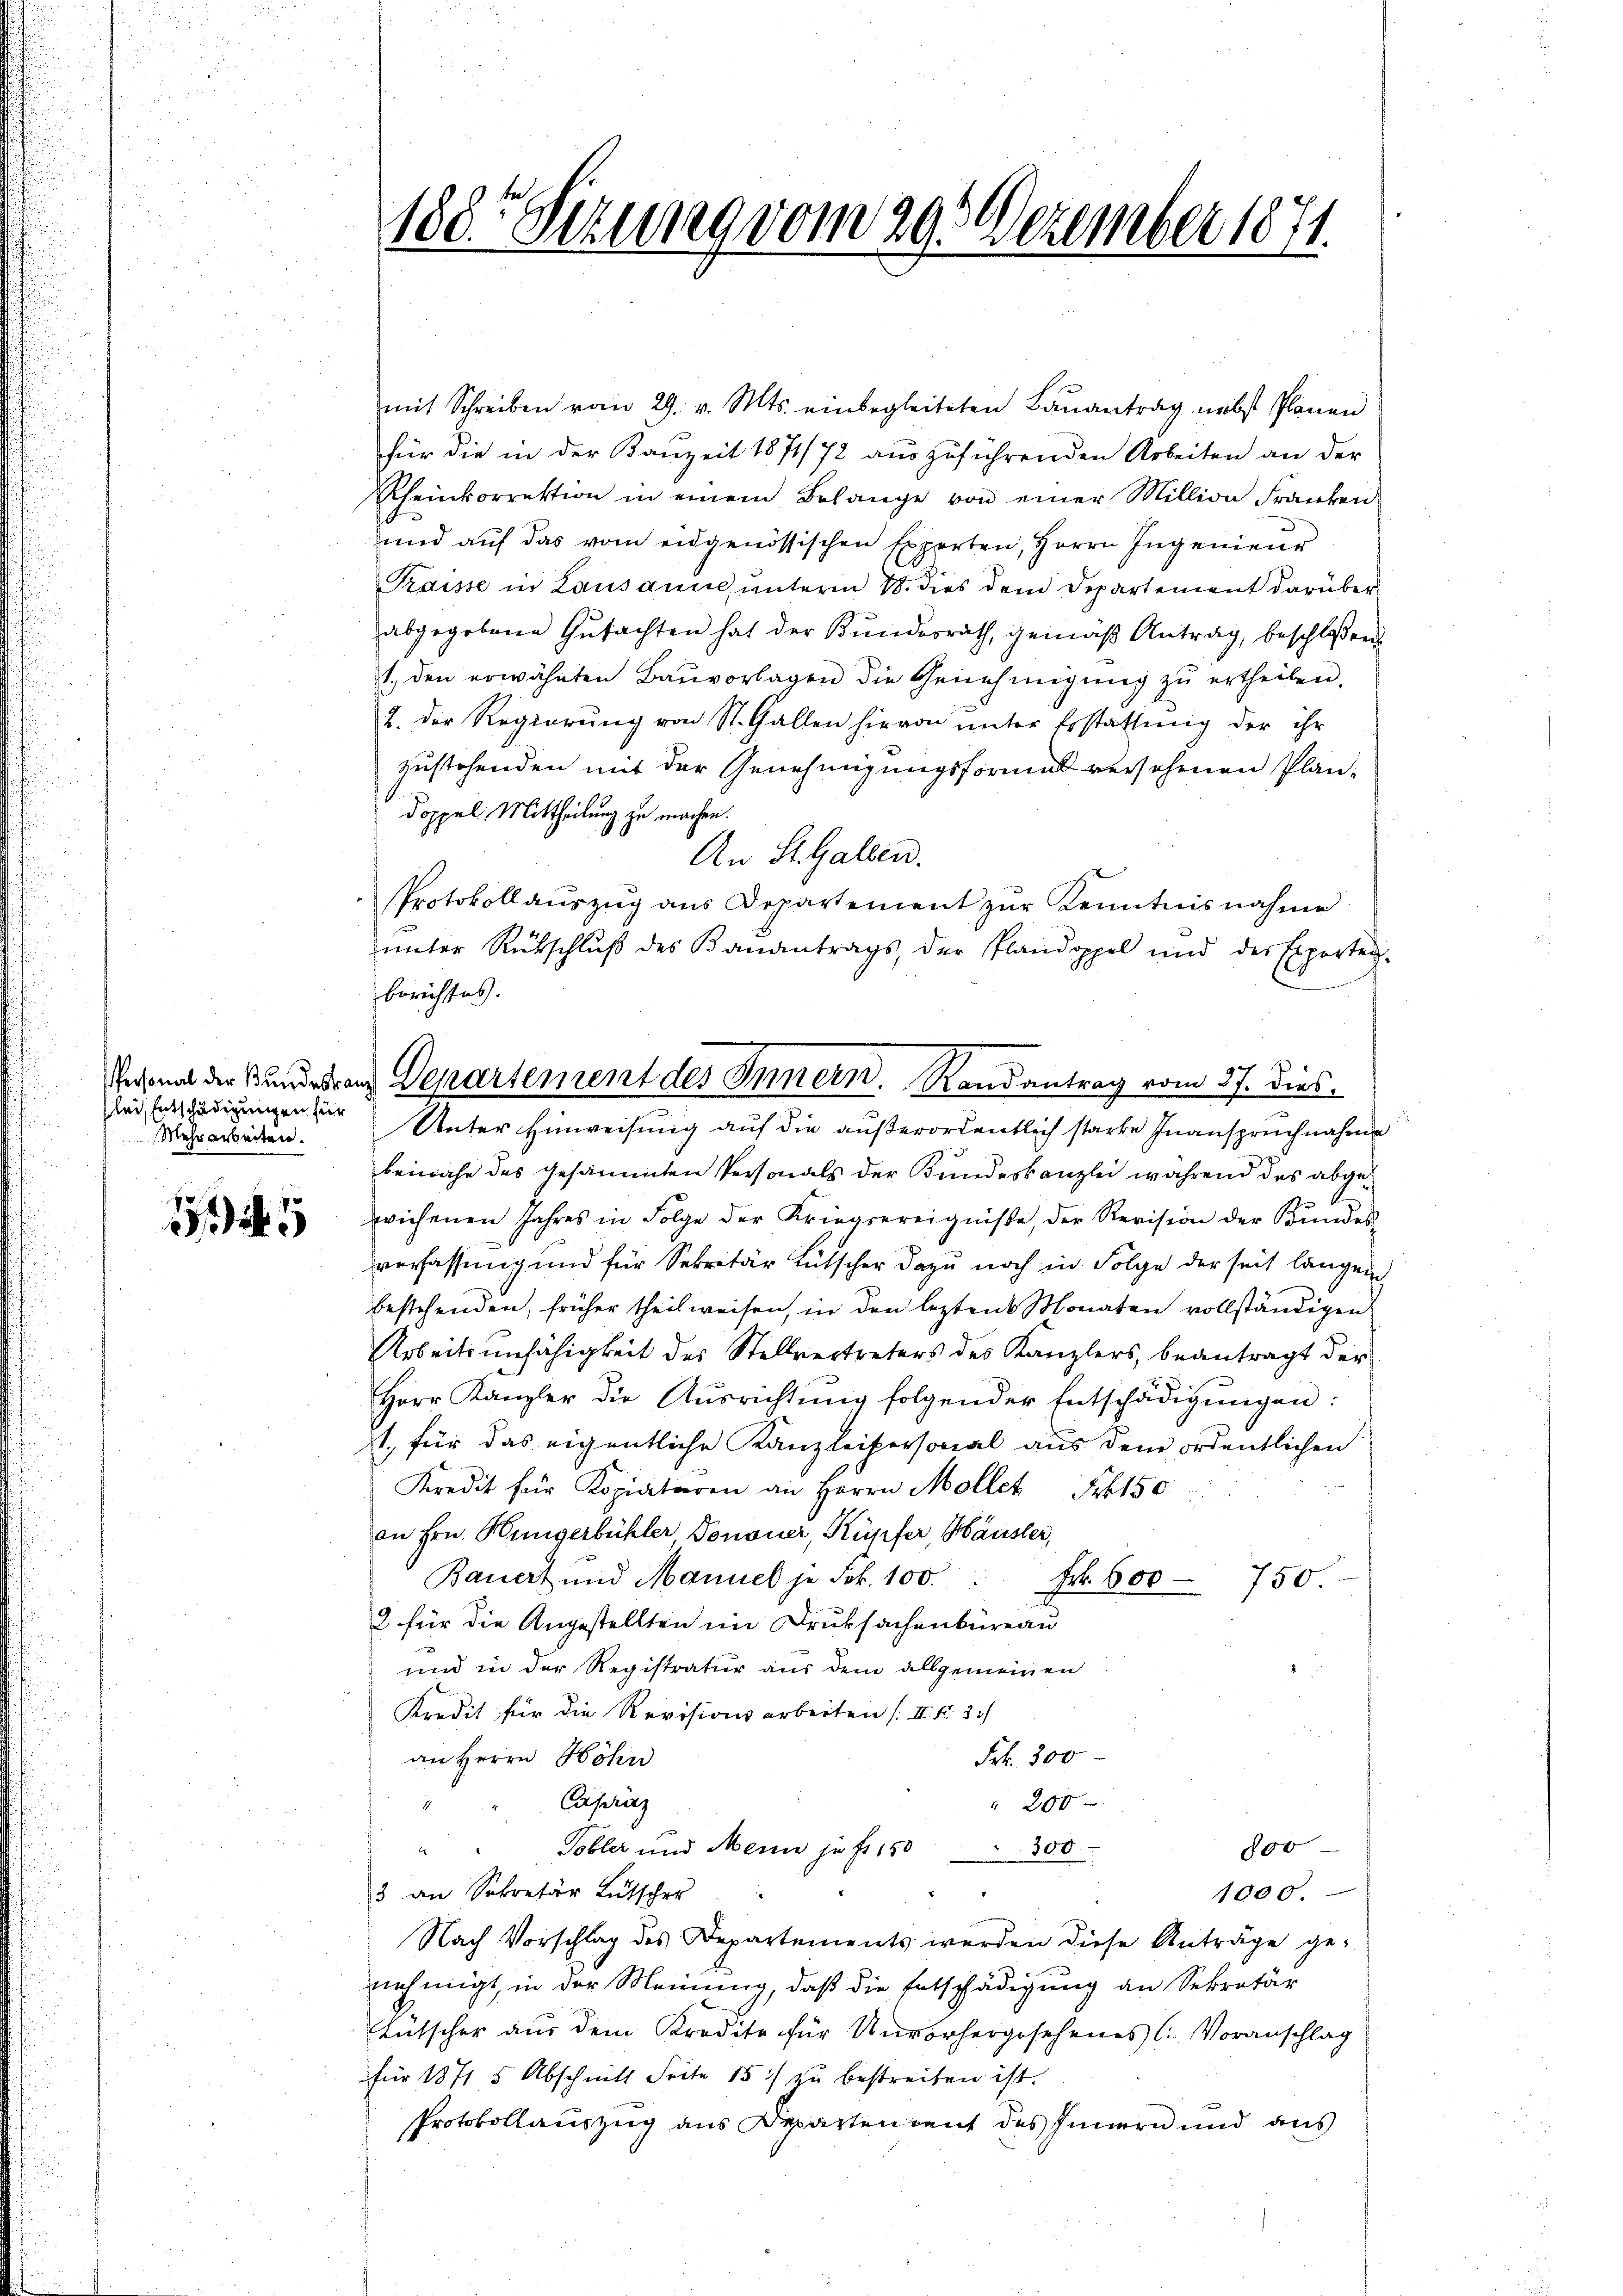
zlei Entschädigungen für
Mehrarbeiten.

188. Serung vom 29. Dezember 1871.

mit Schreiben vom 29. v. Mts. einbegleiteten Baŭantrag nebst Planen
für die in der Kauzeit 1871/72 auszuführenden Arbeiten an der
Rheinkorrektion in einem Belange von einer Million Franken
und aŭf das vom eidgenössischen Experten, Herrn Ingenieŭr
Traisse in Lausann, unterm 18. dies dem Departement darüber
abgegebene Gutachten hat der Bundesrath, gemäß Antrag, beschloßen
1. den erwähnten Baŭvorlagen die Genehmigŭng zŭ ertheilen.
2. Der Regierung von St. Gallen hievon unter Erstattung der ihr
zustehenden mit der Genehmigungsformal versehenen Plan¬
Doppel. Mittheilung zu machen.
An St. Gallen.
Protokollaŭszŭg ans Departement zŭr Kenntnisnahme
ŭnter Rückschluß des Banantrags, der Plandoppel und der Experten-
berichtes.
7

beinahe des gesammten Personals der Bundeskanzlei während des abgewichenen Jahres in Folge der Kriegsereignisse, der Revision der Bundes-
verfassung und für Sekretär Lütscher dazu noch in Folge der seit langen
bestehenden, früher theilweisen, in den lezten Monaten vollständigen
Arbeitsunfähigkeit des Stellvertreters des Kanzlers, beantragt der
Herr Kanzler die Aŭsrichtŭng folgender Entschädigŭngen:
st., für das eigentliche Kanzleipersonal aus dem ordentlichen
Kredit für Kopiaturen an Herrn Mollet Frk. 150
an Hrn. Küngerbühler Tononer, Kupfer, Häusler,
Bauert und Manuel je Frk. 100. Fr. 600 - 750.
2 für die Angestellten im Druksachenbüreau
und in der Registratur aus dem allgemeinen
Kredit für die Revisionsarbeiten (III. 3.)
an Herrn Höhn
Frk. 300
Caseritz
" 200
Tobler und Meine je f. 150 - 300
800
28
3 an Sekretär Lütscher
1000.
Nach Vorschlag des Departements werden diese Anträge ge-
nehmigt, in der Meinung, daß die Entschädigung an Sekretär
Lütscher aus dem Kredite für Unvorhergesehenes C. Voranschlag
für 1871 5 Abschnitt Seite 15 :/ zu bestreiten ist.
Protokollauszug aus Departendent des Innern und aus

Personal der Bunderen Departement des Innern. Randantrag vom 17. dies
Unter Hinweisung auf die außerordentlich starke Inanspruchnahme